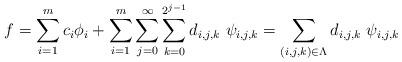
LaTeX: \begin{align*}f = \sum_{i=1}^m c_i \phi_i+ \sum_{i=1}^m \sum_{j=0}^\infty \sum_{k=0}^{2^{j-1}} d_{i,j,k} \ \psi_{i,j,k}= \sum_{(i,j,k) \in \Lambda} d_{i,j,k} \ \psi_{i,j,k}\end{align*}